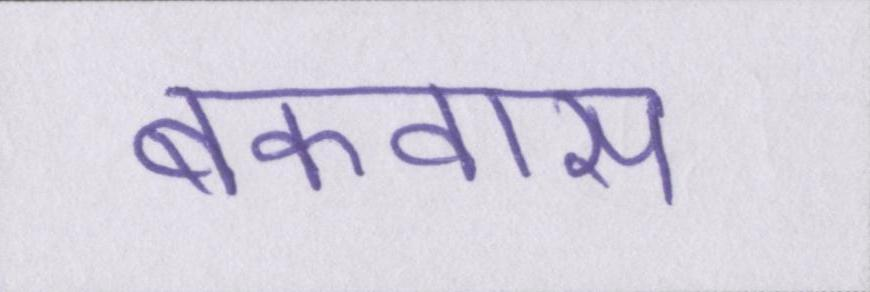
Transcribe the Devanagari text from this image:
बकवास